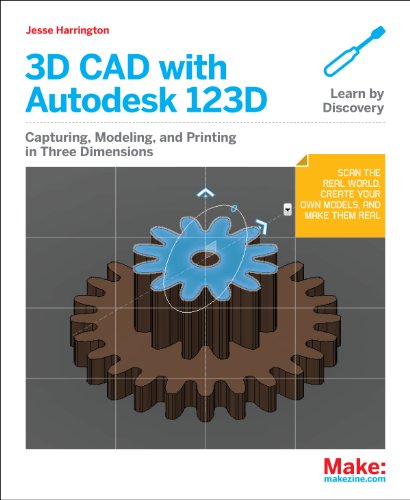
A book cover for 3D CAD with Autodesk 123D: Designing for 3D Printing, Laser Cutting, and Personal Fabrication; Jesse Harrington Au; Computers & Technology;